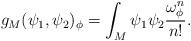
LaTeX: \begin{align*}g_M(\psi_1,\psi_2)_\phi= \int_M \psi_1 \psi_2 \frac{\omega_{\phi}^{n}}{n!}.\end{align*}